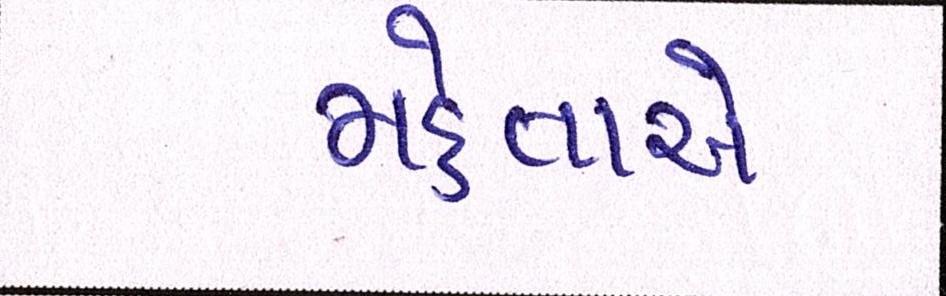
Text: મહેતાએ